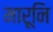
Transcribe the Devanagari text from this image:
मारूनि